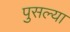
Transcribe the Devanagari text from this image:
पुसल्या